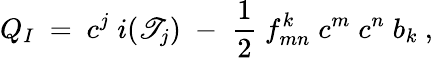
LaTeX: Q_{I}\ =\ c^{j}\; i(\mathscr{T}_{j})\; -\; \frac{1}{2}\ f_{mn}^{k}\; c^{m}\; c^{n}\; b_{k}\ ,